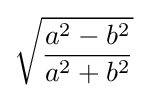
{\sqrt {\frac {a^{2}-b^{2}}{a^{2}+b^{2}}}}